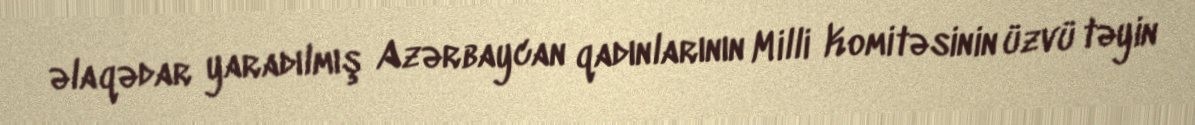
əlaqədar yaradılmış Azərbaycan qadınlarının Milli Komitəsinin üzvü təyin